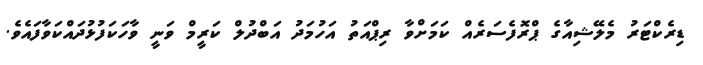
ޑިރެކްޓަރު މެލޭޝިއާގެ ޕްރޮފެސަރެއް ކަމަށްވާ ރިޕްއަތު އަހުމަދު އަބްދުލް ކަރީމް ވަނީ ވާހަކަފުޅުދައްކަވާފައެވެ.